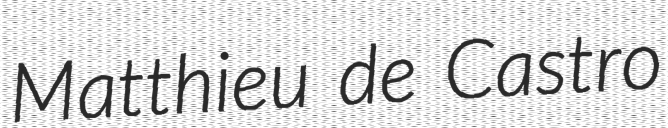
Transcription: Matthieu de Castro